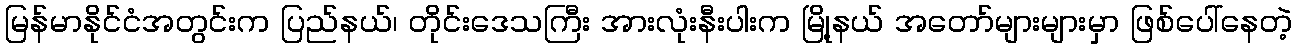
မြန်မာနိုင်ငံအတွင်းက ပြည်နယ်၊ တိုင်းဒေသကြီး အားလုံးနီးပါးက မြို့နယ် အတော်များများမှာ ဖြစ်ပေါ်နေတဲ့